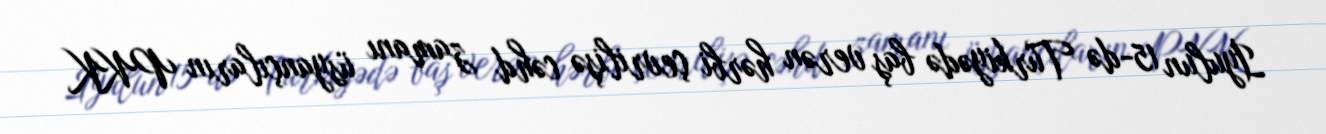
İyulun 15-də Türkiyədə baş verən hərbi çevrilişə cəhd zamanı üsyançıların PKK